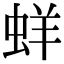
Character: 蛘